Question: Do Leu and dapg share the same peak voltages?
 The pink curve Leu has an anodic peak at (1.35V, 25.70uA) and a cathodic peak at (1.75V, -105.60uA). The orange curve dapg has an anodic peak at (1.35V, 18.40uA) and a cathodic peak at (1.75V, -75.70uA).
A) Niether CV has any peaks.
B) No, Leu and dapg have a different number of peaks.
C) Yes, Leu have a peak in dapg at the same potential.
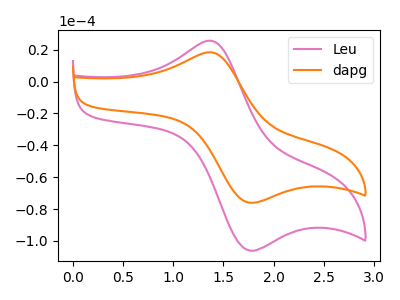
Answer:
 <answer>C) Yes, "Leu" have a peak in "dapg" at the same potential.</answer>
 <eval>C</eval>